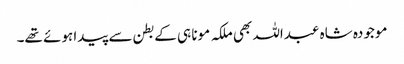
موجودہ شاہ عبداللہ بھی ملکہ مونا ہی کے بطن سے پیدا ہوئے تھے۔